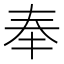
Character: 奉